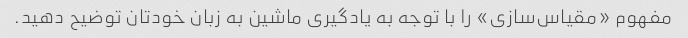
مفهوم «مقیاس‌سازی» را با توجه به یادگیری ماشین به زبان خودتان توضیح دهید.